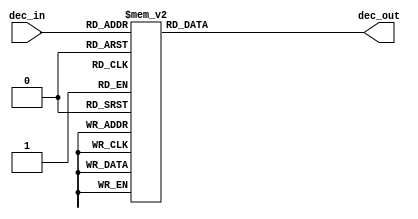
module dec7(
    input [3:0] dec_in,
    output reg [6:0] dec_out
    );
        
always @ (dec_in) begin
        case (dec_in)
            4'b0000: dec_out = 7'b1111110;
            4'b0001: dec_out = 7'b0110000;
            4'b0010: dec_out = 7'b1101101;
            4'b0011: dec_out = 7'b1111001;
            4'b0100: dec_out = 7'b0110011;
            4'b0101: dec_out = 7'b1011011;
            4'b0110: dec_out = 7'b1011111;
            4'b0111: dec_out = 7'b1110010;
            4'b1000: dec_out = 7'b1111111;
            4'b1001: dec_out = 7'b1111011;
            default: dec_out = 7'b0000000; 
        endcase
end
  
endmodule